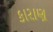
કારાણ